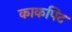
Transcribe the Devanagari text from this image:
काकपिट